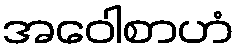
အဝေါစာဟံ